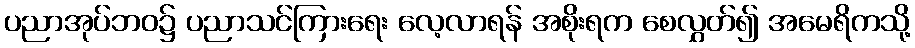
ပညာအုပ်ဘဝ၌ ပညာသင်ကြားရေး လေ့လာရန် အစိုးရက စေလွှတ်၍ အမေရိကသို့